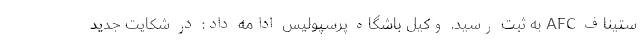
ستیناف AFC به ثبت رسید. وکیل باشگاه پرسپولیس ادامه داد: در شکایت جدید